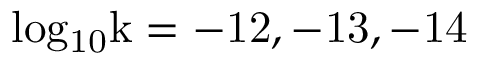
\mathrm { l o g _ { 1 0 } k = - 1 2 , - 1 3 , - 1 4 }